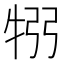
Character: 𤙗